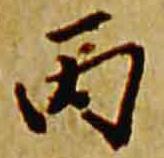
丙